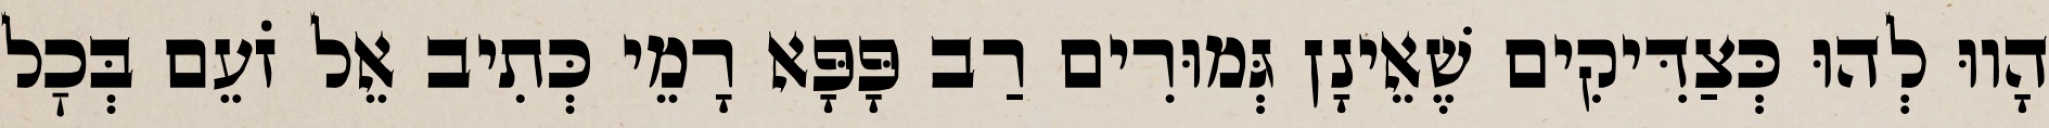
הָווּ לְהוּ כְּצַדִּיקִים שֶׁאֵינָן גְּמוּרִים רַב פָּפָּא רָמֵי כְּתִיב אֵל זֹעֵם בְּכׇל